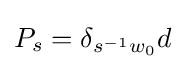
P_{s}=\delta _{s^{-1}w_{0}}d